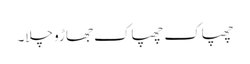
چھپاک چھپاک جھاڑو چلا۔